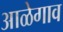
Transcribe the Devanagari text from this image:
आळेगाव